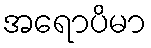
အရောပိမာ